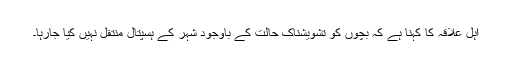
اہل علاقہ کا کہنا ہے کہ بچوں کو تشویشناک حالت کے باوجود شہر کے ہسپتال منتقل نہیں کیا جارہا۔